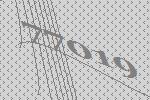
77019